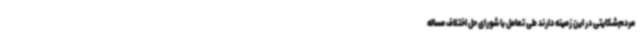
مردم‌شکایتی در این زمینه دارند طی تعامل با شورای حل اختلاف مساله